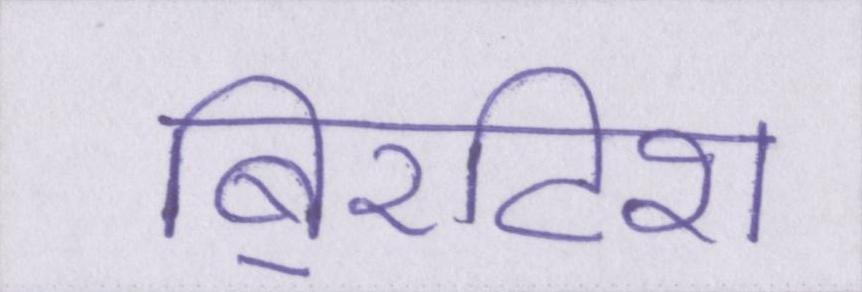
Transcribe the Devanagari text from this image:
बि्रटिश